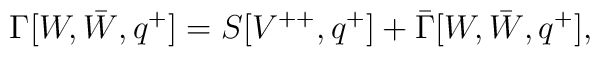
\Gamma[W, \bar W, q^+]= S[V^{++}, q^+]+\bar \Gamma[W, \bar W, q^+],